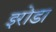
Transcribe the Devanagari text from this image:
इरोडा